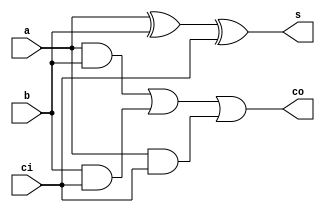
`timescale 1ns / 1ps
//////////////////////////////////////////////////////////////////////////////////
// Company: 
// Engineer: 
// 
// Design Name: 
// Module Name: adder_1bit
// Project Name: 
// Target Devices: 
// Tool Versions: 
// Description: 
// 
// Dependencies: 
// 
// Revision:
// Revision 0.01 - File Created
// Additional Comments:
// 
//////////////////////////////////////////////////////////////////////////////////


module adder_1bit(
    input a,
    input b,
    input ci,
    output s,
    output co
    );
    wire s1, c1, c2, c3;
    and (c1, a, b),
        (c2, b, ci),
        (c3, a, ci);      
    xor (s1, a, b),
        (s, s1, ci);       
    or (co, c1, c2, c3);
endmodule